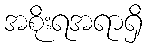
အစိုးရအရာရှိ